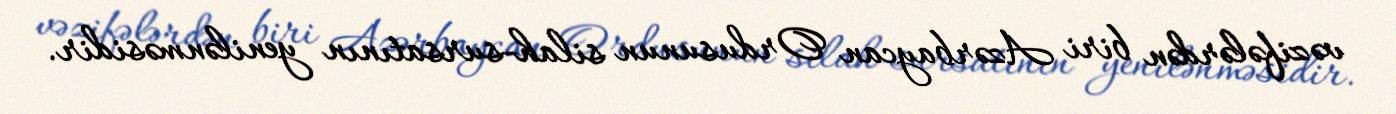
vəzifələrdən biri Azərbaycan Ordusunun silah-sursatının yenilənməsidir.